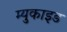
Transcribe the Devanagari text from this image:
म्युकाइड